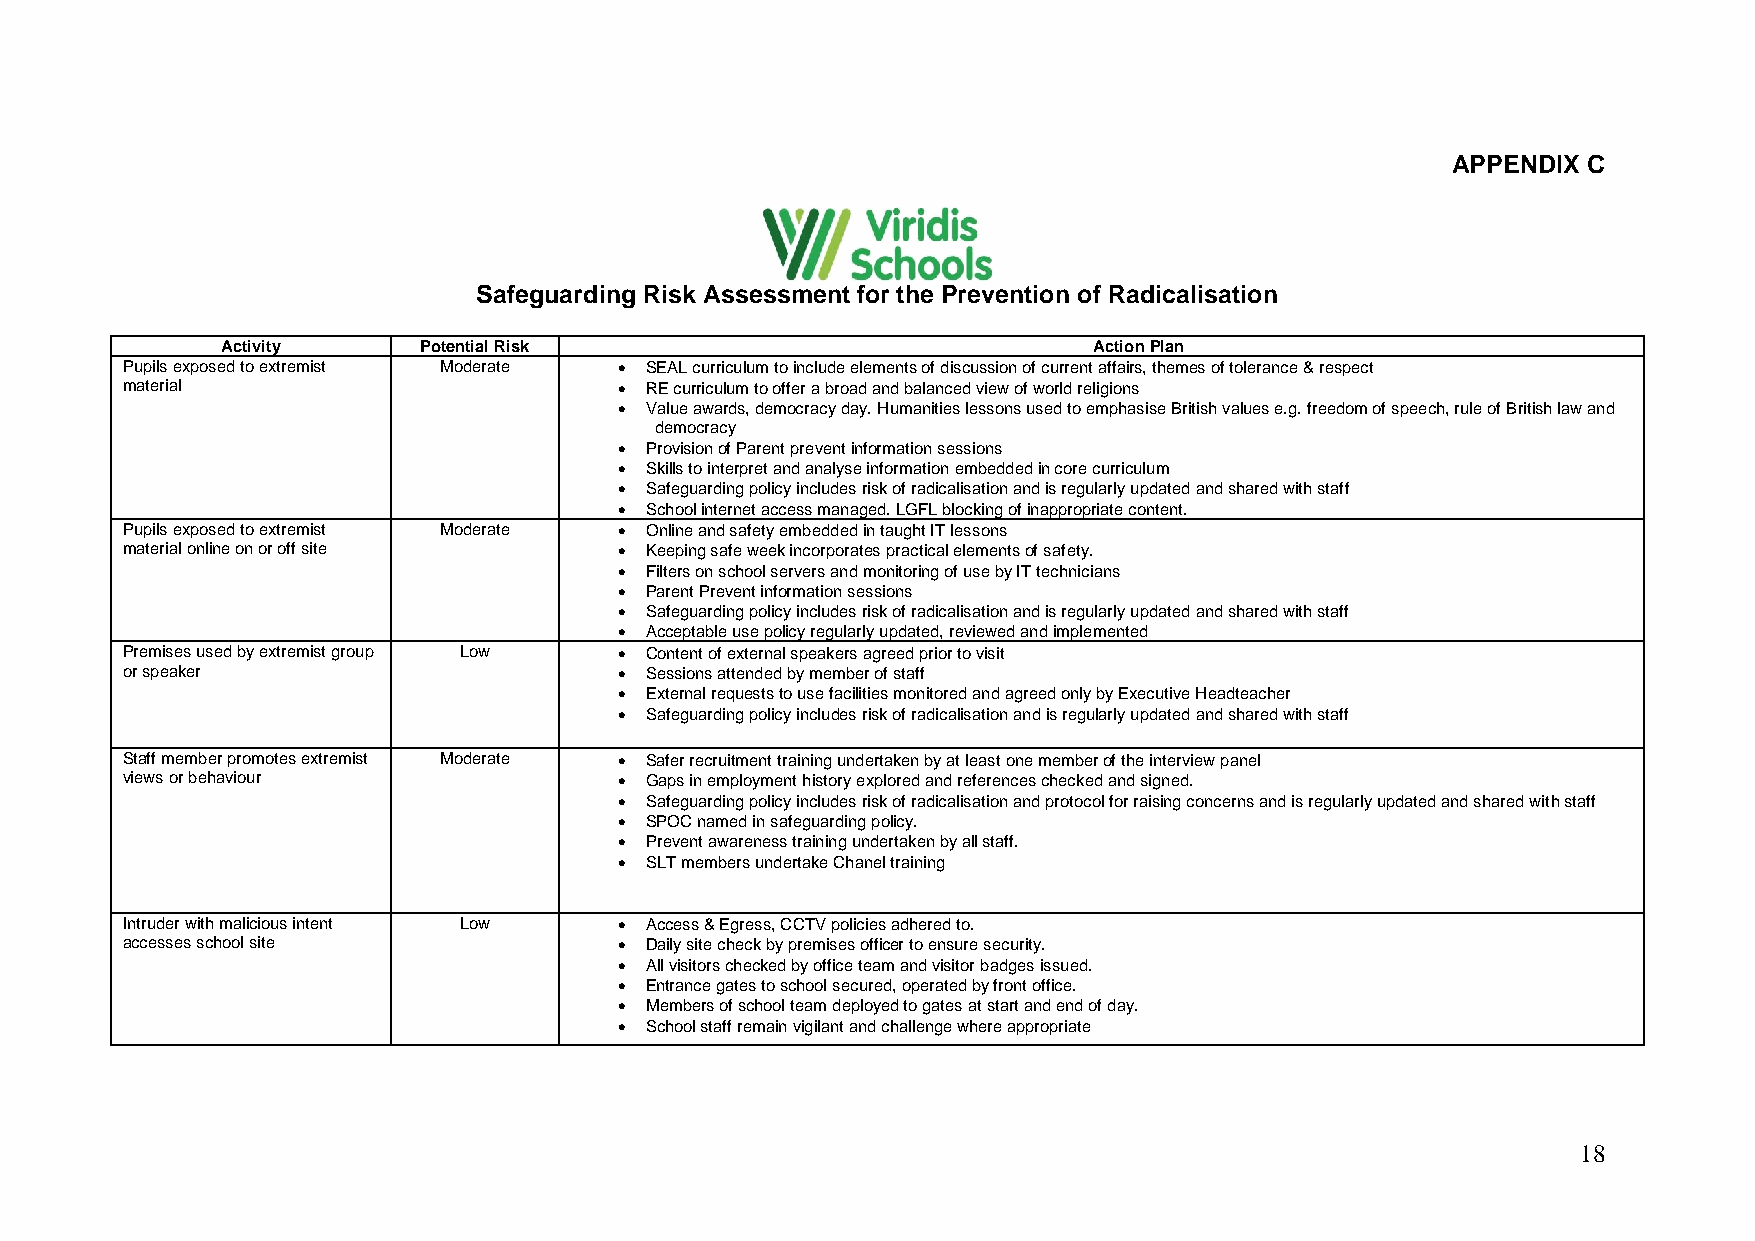
APPENDIX C
 Safeguarding Risk Assessment for the Prevention of Radicalisation
 Activity     Potential Risk                              Action Plan
 Pupils exposed to extremist Moderate  SEAL curriculum to include elements of discussion of current affairs, themes of tolerance & respect
 material                          RE curriculum to offer a broad and balanced view of world religions
  Value awards, democracy day. Humanities lessons used to emphasise British values e.g. freedom of speech, rule of British law and
 democracy
  Provision of Parent prevent information sessions
  Skills to interpret and analyse information embedded in core curriculum
  Safeguarding policy includes risk of radicalisation and is regularly updated and shared with staff
  School internet access managed. LGFL blocking of inappropriate content.
 Pupils exposed to extremist Moderate  Online and safety embedded in taught IT lessons
 material online on or off site    Keeping safe week incorporates practical elements of safety.
  Filters on school servers and monitoring of use by IT technicians
  Parent Prevent information sessions
  Safeguarding policy includes risk of radicalisation and is regularly updated and shared with staff
  Acceptable use policy regularly updated, reviewed and implemented
 Premises used by extremist group Low  Content of external speakers agreed prior to visit
 or speaker                        Sessions attended by member of staff
  External requests to use facilities monitored and agreed only by Executive Headteacher
  Safeguarding policy includes risk of radicalisation and is regularly updated and shared with staff
 Staff member promotes extremist Moderate  Safer recruitment training undertaken by at least one member of the interview panel
 views or behaviour                Gaps in employment history explored and references checked and signed.
  Safeguarding policy includes risk of radicalisation and protocol for raising concerns and is regularly updated and shared with staff
  SPOC named in safeguarding policy.
  Prevent awareness training undertaken by all staff.
  SLT members undertake Chanel training
 Intruder with malicious intent Low  Access & Egress, CCTV policies adhered to.
 accesses school site              Daily site check by premises officer to ensure security.
  All visitors checked by office team and visitor badges issued.
  Entrance gates to school secured, operated by front office.
  Members of school team deployed to gates at start and end of day.
  School staff remain vigilant and challenge where appropriate
 18